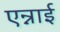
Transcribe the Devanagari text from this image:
एन्नाई